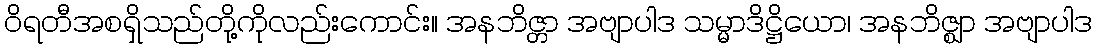
ဝိရတီအစရှိသည်တို့ကိုလည်းကောင်း။ အနဘိဇ္တာ အဗျာပါဒ သမ္မာဒိဋ္ဌိယော၊ အနဘိဇ္ဈာ အဗျာပါဒ